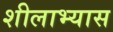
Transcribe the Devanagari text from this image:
शीलाभ्यास